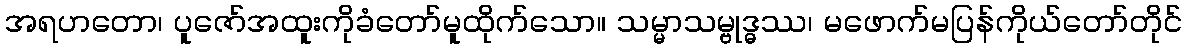
အရဟတော၊ ပူဇော်အထူးကိုခံတော်မူထိုက်သော။ သမ္မာသမ္ဗုဒ္ဓဿ၊ မဖောက်မပြန်ကိုယ်တော်တိုင်